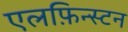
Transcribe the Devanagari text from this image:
एलफ़िन्स्टन